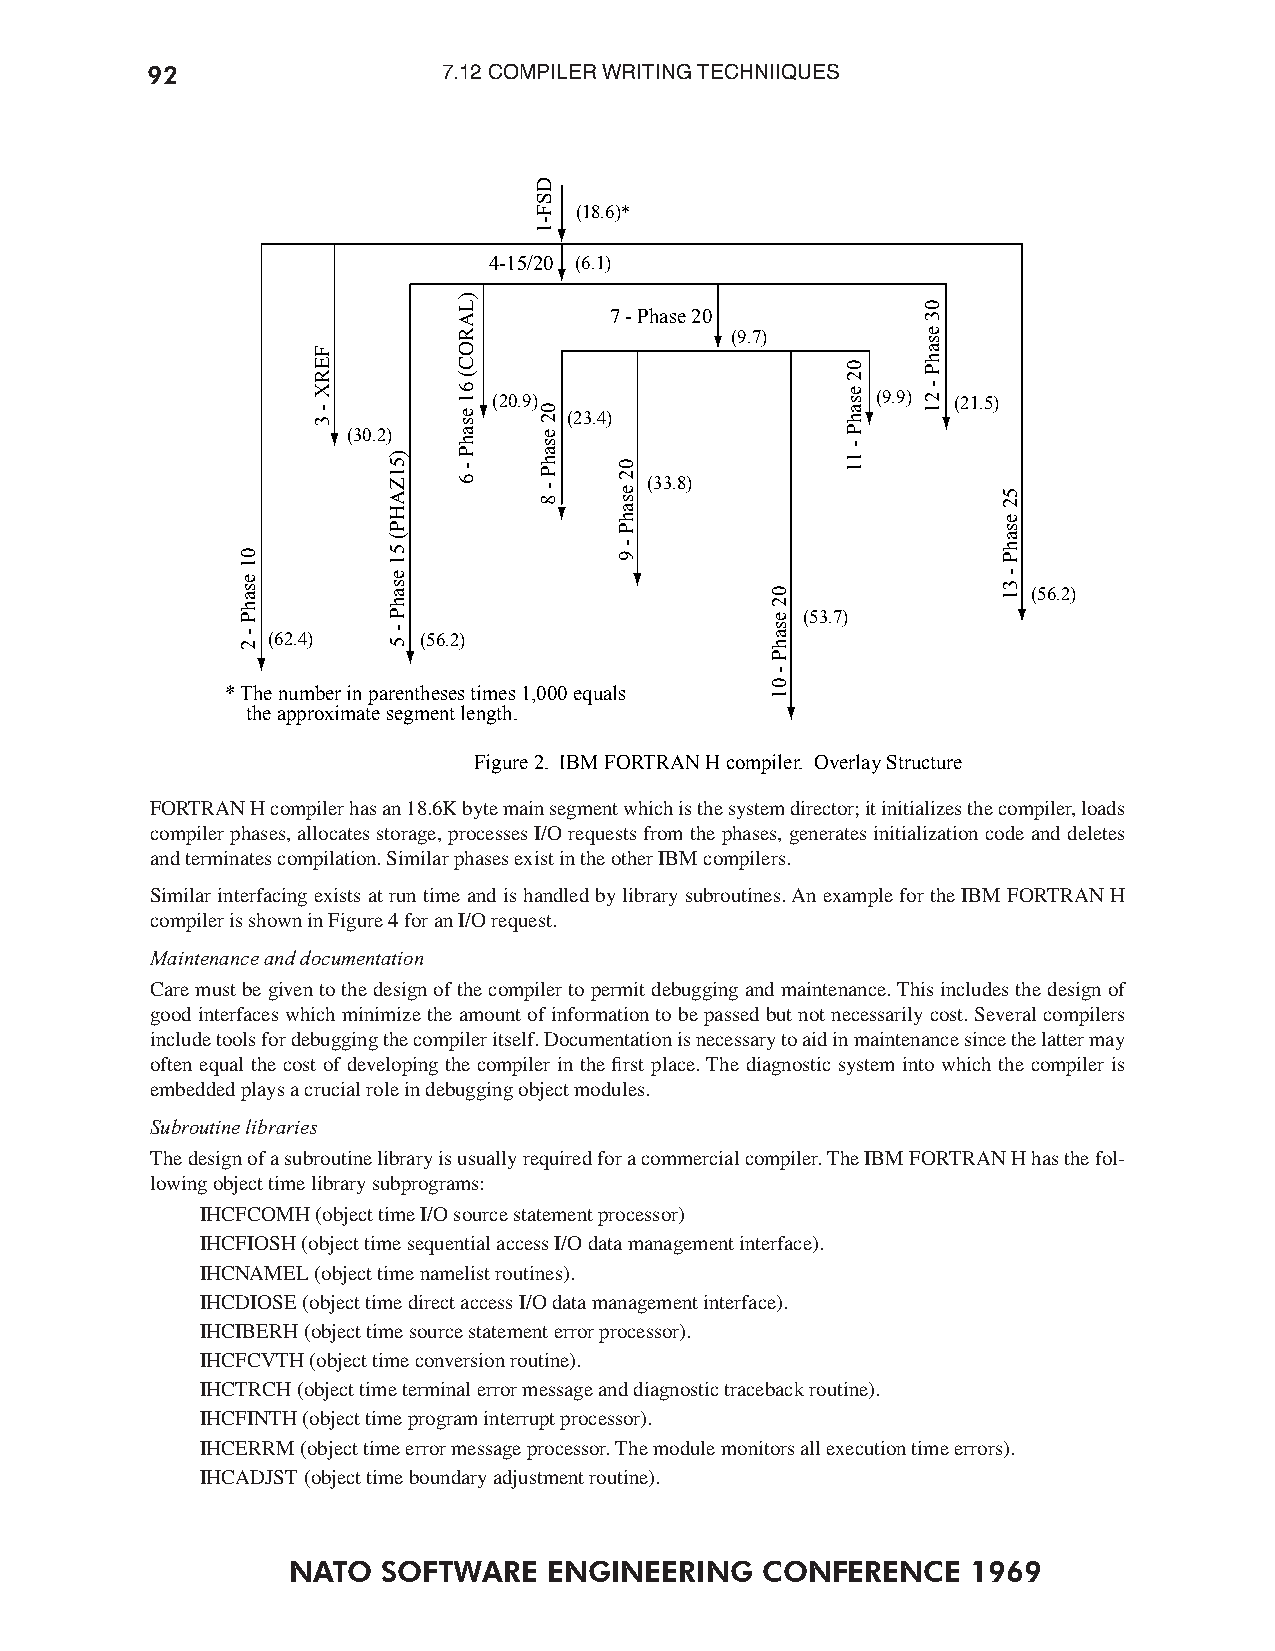
92                 7.12 COMPILER WRITING TECHNIIQUES
 (18.6)*
 4-15/20 (6.1)
 7 - Phase 20
 (9.7)
 (20.9)                   (9.9) (21.5)
 (23.4)
 (30.2)
 (33.8)
 (56.2)
 (53.7)
 (62.4)    (56.2)
 * The number in parentheses times 1,000 equals
 the approximate segment length.
 Figure 2. IBM FORTRAN H compiler. Overlay Structure
 FORTRAN H compiler has an 18.6K byte main segment which is the system director; it initializes the compiler, loads
 compiler phases, allocates storage, processes I/O requests from the phases, generates initialization code and deletes
 and terminates compilation. Similar phases exist in the other IBM compilers.
 Similar interfacing exists at run time and is handled by library subroutines. An example for the IBM FORTRAN H
 compiler is shown in Figure 4 for an I/O request.
 Maintenance and documentation
 Care must be given to the design of the compiler to permit debugging and maintenance. This includes the design of
 good interfaces which minimize the amount of information to be passed but not necessarily cost. Several compilers
 include tools for debugging the compiler itself. Documentation is necessary to aid in maintenance since the latter may
 often equal the cost of developing the compiler in the first place. The diagnostic system into which the compiler is
 embedded plays a crucial role in debugging object modules.
 Subroutine libraries
 The design of a subroutine library is usually required for a commercial compiler. The IBM FORTRAN H has the fol-
 lowing object time library subprograms:
 IHCFCOMH (object time I/O source statement processor)
 IHCFIOSH (object time sequential access I/O data management interface).
 IHCNAMEL (object time namelist routines).
 IHCDIOSE (object time direct access I/O data management interface).
 IHCIBERH (object time source statement error processor).
 IHCFCVTH (object time conversion routine).
 IHCTRCH (object time terminal error message and diagnostic traceback routine).
 IHCFINTH (object time program interrupt processor).
 IHCERRM (object time error message processor. The module monitors all execution time errors).
 IHCADJST (object time boundary adjustment routine).
 NATO  SOFTWARE   ENGINEERING   CONFERENCE    1969
 01
 esahP
 -
 2
 FERX
 -
 3
 )51ZAHP(
 51
 esahP
 -
 5
 )LAROC(
 61
 esahP
 -
 6
 DSF-1
 02
 esahP
 -
 8
 02
 esahP
 - 9
 02
 esahP
 -
 01
 02
 esahP
 -
 11
 03
 esahP
 - 21
 52
 esahP
 - 31